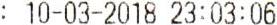
: 10-03-2018 23:03:06